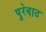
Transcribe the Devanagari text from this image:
पुरेवाट